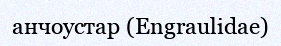
анчоустар (Engraulіdae)